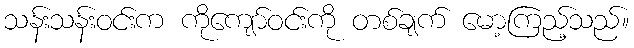
သန်းသန်းဝင်းက ကိုကျော်ဝင်းကို တစ်ချက် မော့ကြည့်သည်။